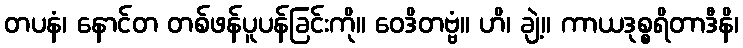
တပနံ၊ နောင်တ တစ်ဖန်ပူပန်ခြင်းကို။ ဝေဒိတဗ္ဗံ။ ဟိ၊ ချဲ့။ ကာယဒုစ္စရိတာဒီနိ၊